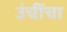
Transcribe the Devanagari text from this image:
उंचींचा